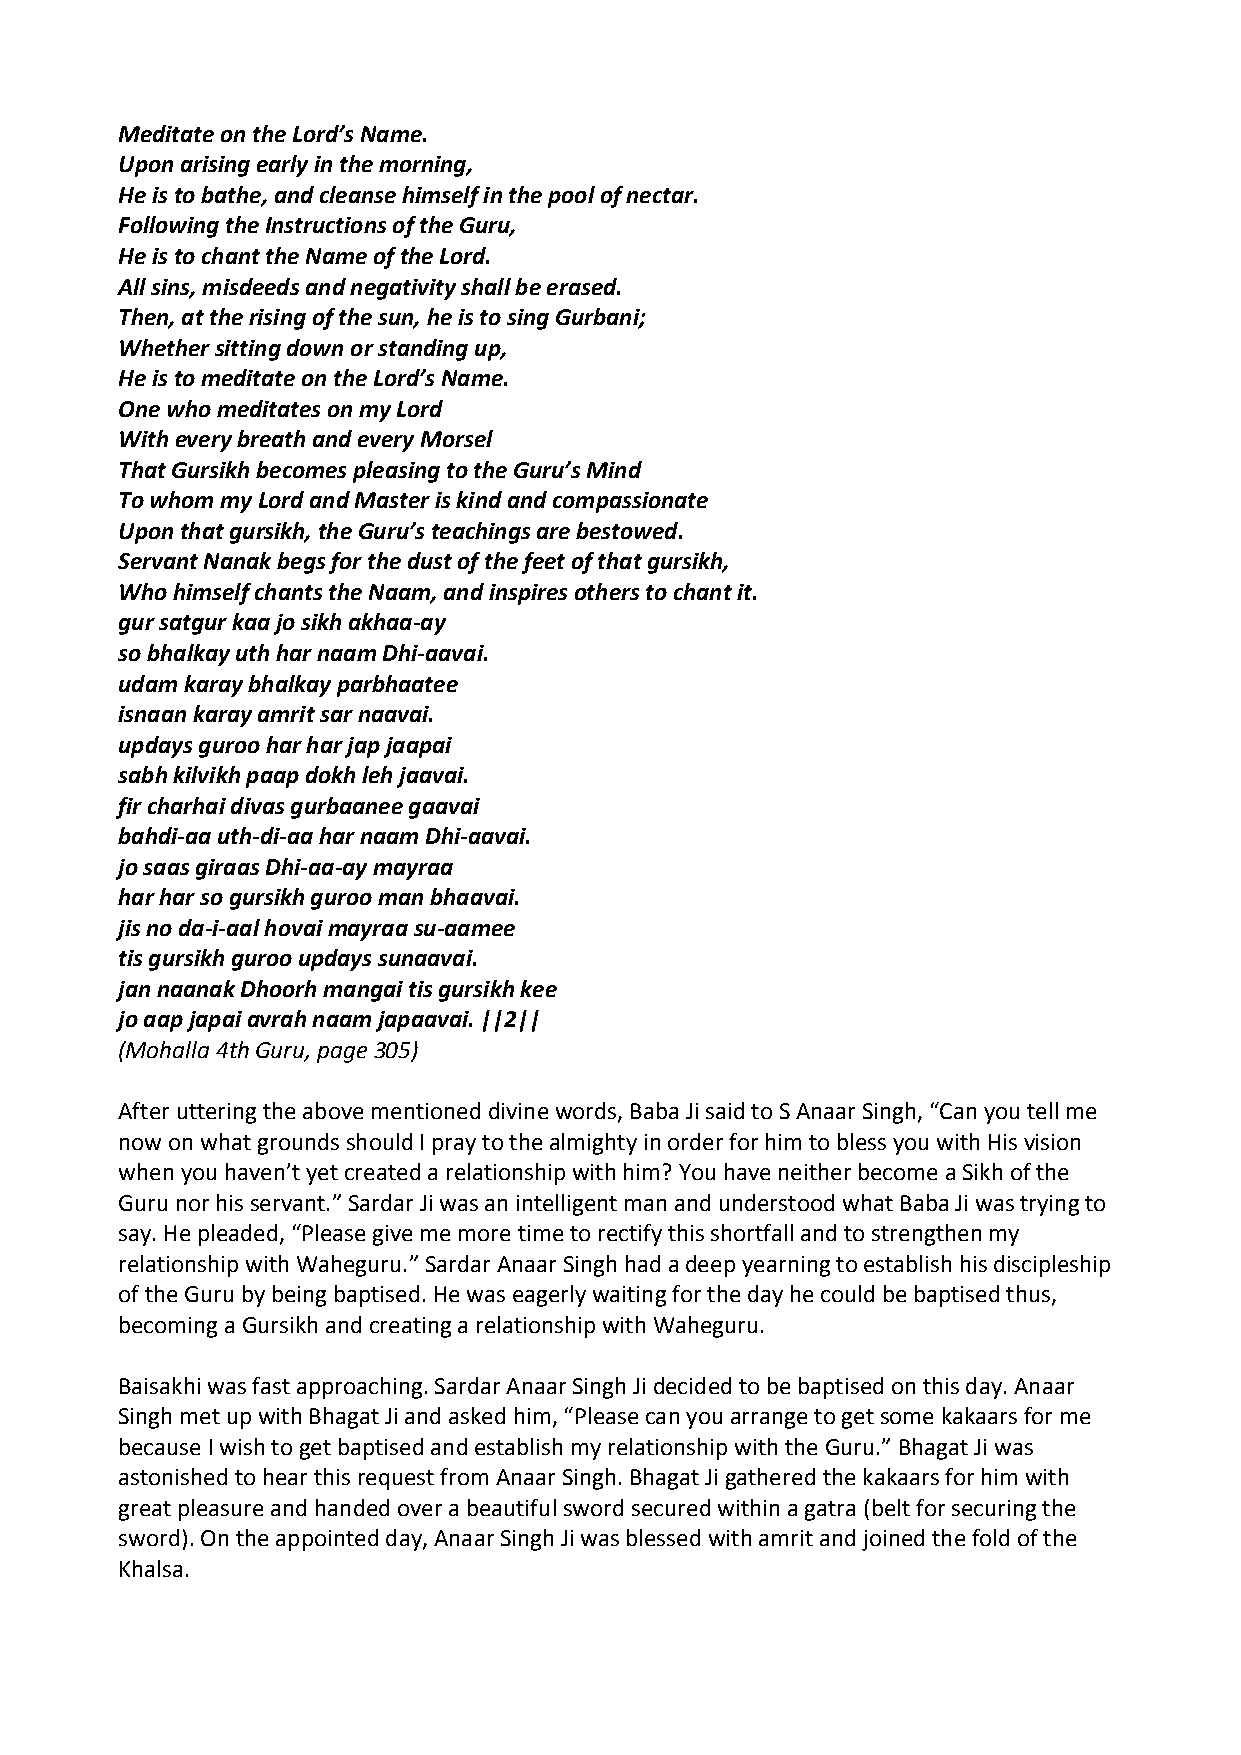
Meditate on the Lord’s Name.
 Upon arising early in the morning,
 He is to bathe, and cleanse himself in the pool of nectar.
 Following the Instructions of the Guru,
 He is to chant the Name of the Lord.
 All sins, misdeeds and negativity shall be erased.
 Then, at the rising of the sun, he is to sing Gurbani;
 Whether sitting down or standing up,
 He is to meditate on the Lord’s Name.
 One who meditates on my Lord
 With every breath and every Morsel
 That Gursikh becomes pleasing to the Guru’s Mind
 To whom my Lord and Master is kind and compassionate
 Upon that gursikh, the Guru’s teachings are bestowed.
 Servant Nanak begs for the dust of the feet of that gursikh,
 Who himself chants the Naam, and inspires others to chant it.
 gur satgur kaa jo sikh akhaa‐ay
 so bhalkay uth har naam Dhi‐aavai.
 udam karay bhalkay parbhaatee
 isnaan karay amrit sar naavai.
 updays guroo har har jap jaapai
 sabh kilvikh paap dokh leh jaavai.
 fir charhai divas gurbaanee gaavai
 bahdi‐aa uth‐di‐aa har naam Dhi‐aavai.
 jo saas giraas Dhi‐aa‐ay mayraa
 har har so gursikh guroo man bhaavai.
 jis no da‐i‐aal hovai mayraa su‐aamee
 tis gursikh guroo updays sunaavai.
 jan naanak Dhoorh mangai tis gursikh kee
 jo aap japai avrah naam japaavai. ||2||
 (Mohalla 4th Guru, page 305)
 After uttering the above mentioned divine words, Baba Ji said to S Anaar Singh, “Can you tell me
 now on what grounds should I pray to the almighty in order for him to bless you with His vision
 when you haven’t yet created a relationship with him? You have neither become a Sikh of the
 Guru nor his servant.” Sardar Ji was an intelligent man and understood what Baba Ji was trying to
 say. He pleaded, “Please give me more time to rectify this shortfall and to strengthen my
 relationship with Waheguru.” Sardar Anaar Singh had a deep yearning to establish his discipleship
 of the Guru by being baptised. He was eagerly waiting for the day he could be baptised thus,
 becoming a Gursikh and creating a relationship with Waheguru.
 Baisakhi was fast approaching. Sardar Anaar Singh Ji decided to be baptised on this day. Anaar
 Singh met up with Bhagat Ji and asked him, “Please can you arrange to get some kakaars for me
 because I wish to get baptised and establish my relationship with the Guru.” Bhagat Ji was
 astonished to hear this request from Anaar Singh. Bhagat Ji gathered the kakaars for him with
 great pleasure and handed over a beautiful sword secured within a gatra (belt for securing the
 sword). On the appointed day, Anaar Singh Ji was blessed with amrit and joined the fold of the
 Khalsa.